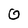
Character: 0